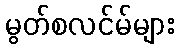
မွတ်စလင်မ်များ